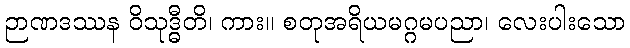
ဉာဏဒဿန ဝိသုဒ္ဓီတိ၊ ကား။ စတုအရိယမဂ္ဂမပညာ၊ လေးပါးသော